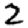
Digit: 2